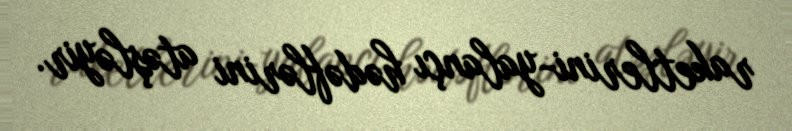
raketlerini-yalançı hədəflərini atəşləyir.